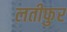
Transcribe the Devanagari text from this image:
लतीफुर